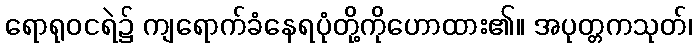
ရောရုဝငရဲ၌ ကျရောက်ခံနေရပုံတို့ကိုဟောထား၏။ အပုတ္တကသုတ်၊